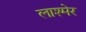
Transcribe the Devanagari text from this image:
लाश्मेर